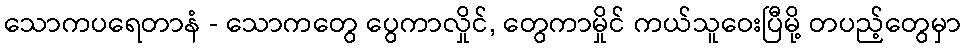
သောကပရေတာနံ - သောကတွေ ပွေကာလှိုင်, တွေကာမှိုင် ကယ်သူဝေးပြီမို့ တပည့်တွေမှာ